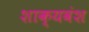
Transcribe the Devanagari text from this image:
शाक्यवंश